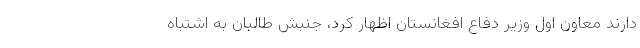
دارند معاون اول وزیر دفاع افغانستان اظهار کرد، جنبش طالبان به اشتباه